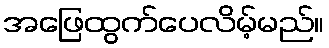
အဖြေထွက်ပေလိမ့်မည်။